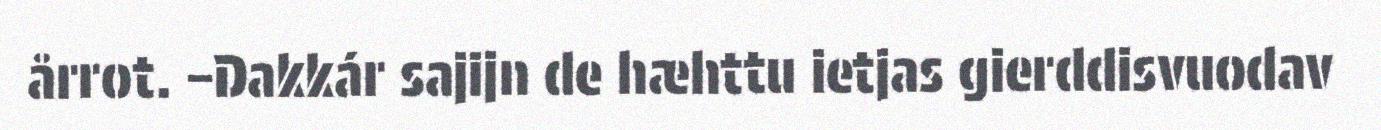
årrot. –Dakkár sajijn de hæhttu ietjas gierddisvuodav